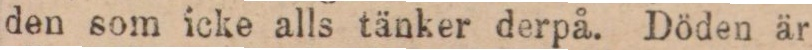
den som icke alls tänker derpå. Döden är